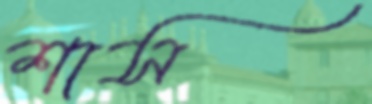
শাস